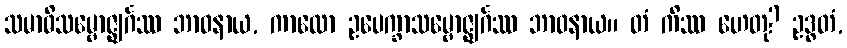
သမာဓိသမ္ဗောဇ္ဈင်္ဂဿ ဘာဝနာယ, ကာလော ဥပေက္ခာသမ္ဗောဇ္ဈင်္ဂဿ ဘာဝနာယ။ တံ ကိဿ ဟေတု? ဥဒ္ဓတံ,